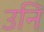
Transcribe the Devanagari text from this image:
उनि